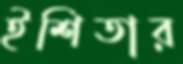
ইশিতার